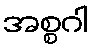
အစ္စဂါ